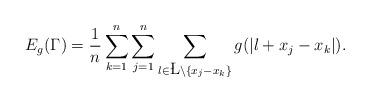
LaTeX: \begin{align*} E_g(\Gamma) = \frac{1}{n} \sum_{k=1}^n\sum_{j=1}^n \sum_{\l \in \L \backslash \{x_j-x_k\}} g(|\l+x_j-x_k|).\end{align*}